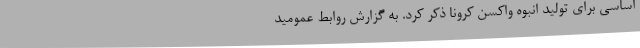
اساسی برای تولید انبوه واکسن کرونا ذکر کرد. به گزارش روابط عمومید